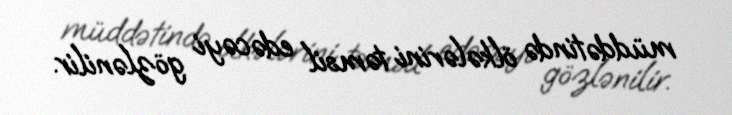
müddətində ölkələrini təmsil edəcəyi gözlənilir.